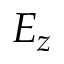
E _ { z }